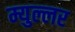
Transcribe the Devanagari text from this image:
म्युल्लर